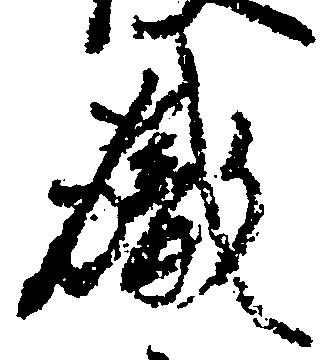
職